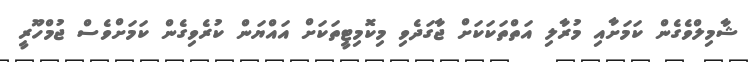
ޝާމިލްވެގެން ކަމަށާއި މުރާލި އަތްތަކަކަށް ޖާގަދެވި މިކޮމިޓީތަކަށް އައްޔަން ކުރެވިގެން ކަމަށްވެސް ޖުމްހޫރީ